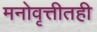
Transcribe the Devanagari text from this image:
मनोवृत्तीतही